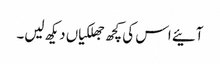
آئیے اس کی کچھ جھلکیاں دیکھ لیں۔